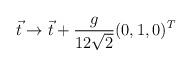
LaTeX: \begin{align*}\vec{t}\to \vec{t}+\frac{g}{12\sqrt{2}}(0,1,0)^T\end{align*}